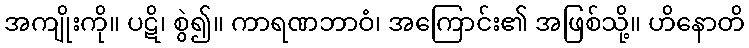
အကျိုးကို။ ပဋိ၊ စွဲ၍။ ကာရဏဘာဝံ၊ အကြောင်း၏ အဖြစ်သို့။ ဟိနောတိ